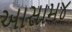
આસામ૪